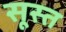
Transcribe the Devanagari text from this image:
सूस्त